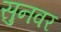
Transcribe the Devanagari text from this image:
सुनवर